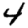
Digit: 4